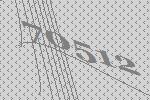
70512